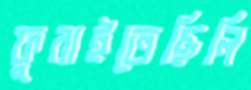
ফুরাইতেছিলি